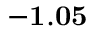
\mathbf { - 1 . 0 5 }